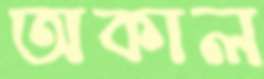
অকাল